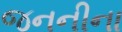
જનનીના